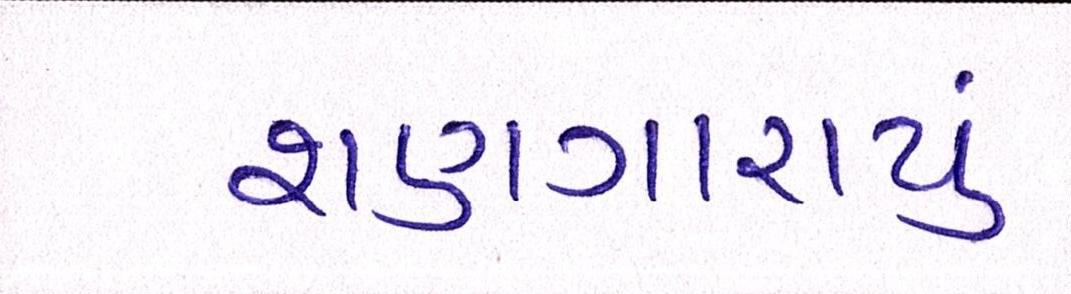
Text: શણગારાયું